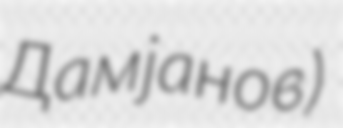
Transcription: Дамјанов)